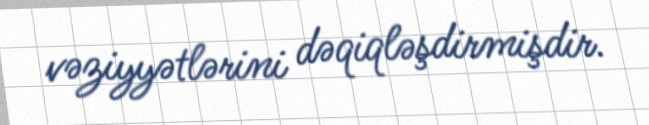
vəziyyətlərini dəqiqləşdirmişdir.